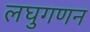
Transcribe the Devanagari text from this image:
लघुगणन